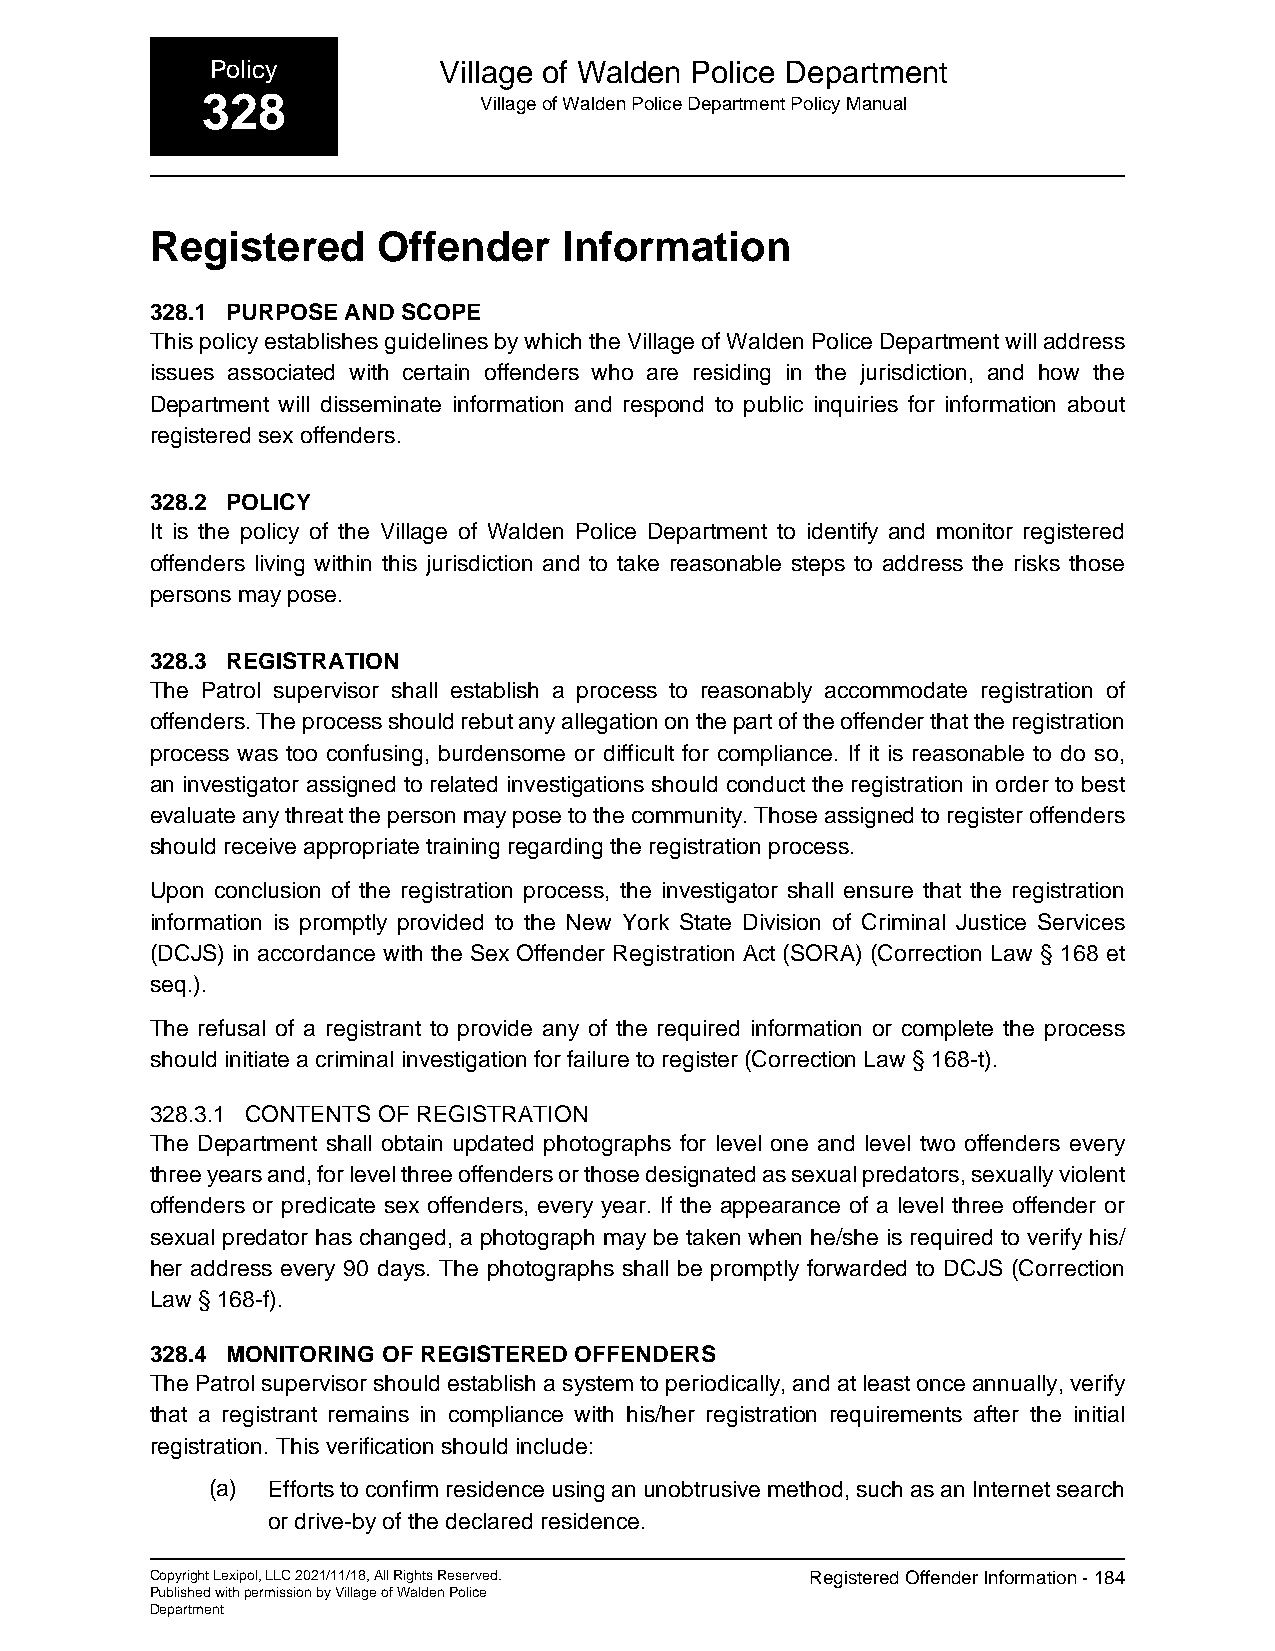
Policy         Village of Walden Police Department
 328                Village of Walden Police Department Policy Manual
 Registered     Offender    Information
 328.1 PURPOSE AND SCOPE
 This policy establishes guidelines by which the Village of Walden Police Department will address
 issues associated with certain offenders who are residing in the jurisdiction, and how the
 Department will disseminate information and respond to public inquiries for information about
 registered sex offenders.
 328.2 POLICY
 It is the policy of the Village of Walden Police Department to identify and monitor registered
 offenders living within this jurisdiction and to take reasonable steps to address the risks those
 persons may pose.
 328.3 REGISTRATION
 The Patrol supervisor shall establish a process to reasonably accommodate registration of
 offenders. The process should rebut any allegation on the part of the offender that the registration
 process was too confusing, burdensome or difficult for compliance. If it is reasonable to do so,
 an investigator assigned to related investigations should conduct the registration in order to best
 evaluate any threat the person may pose to the community. Those assigned to register offenders
 should receive appropriate training regarding the registration process.
 Upon conclusion of the registration process, the investigator shall ensure that the registration
 information is promptly provided to the New York State Division of Criminal Justice Services
 (DCJS) in accordance with the Sex Offender Registration Act (SORA) (Correction Law § 168 et
 seq.).
 The refusal of a registrant to provide any of the required information or complete the process
 should initiate a criminal investigation for failure to register (Correction Law § 168-t).
 328.3.1 CONTENTS OF REGISTRATION
 The Department shall obtain updated photographs for level one and level two offenders every
 three years and, for level three offenders or those designated as sexual predators, sexually violent
 offenders or predicate sex offenders, every year. If the appearance of a level three offender or
 sexual predator has changed, a photograph may be taken when he/she is required to verify his/
 her address every 90 days. The photographs shall be promptly forwarded to DCJS (Correction
 Law § 168-f).
 328.4 MONITORING OF REGISTERED OFFENDERS
 The Patrol supervisor should establish a system to periodically, and at least once annually, verify
 that a registrant remains in compliance with his/her registration requirements after the initial
 registration. This verification should include:
 (a) Efforts to confirm residence using an unobtrusive method, such as an Internet search
 or drive-by of the declared residence.
 Copyright Lexipol, LLC 2021/11/18, All Rights Reserved. Registered Offender Information - 184
 Published with permission by Village of Walden Police
 Department